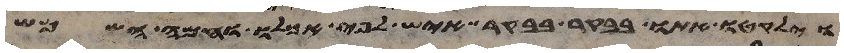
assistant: וילקטו אתו בבקר בבקר איש לפי אכלו וחמה השמש